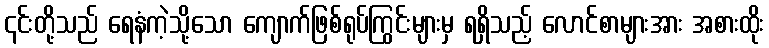
၎င်းတို့သည် ရေနံကဲ့သို့သော ကျောက်ဖြစ်ရုပ်ကြွင်းများမှ ရရှိသည့် လောင်စာများအား အစားထိုး